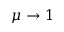
\mu \rightarrow 1